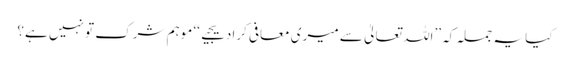
کیا یہ جملہ کہ ’’اللہ تعالیٰ سے میری معافی کرادیجیے‘‘ موہم شرک تو نہیں ہے؟